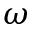
\omega